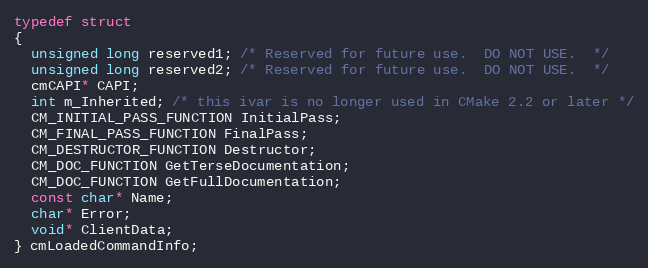
Language: C
typedef struct
{
  unsigned long reserved1; /* Reserved for future use.  DO NOT USE.  */
  unsigned long reserved2; /* Reserved for future use.  DO NOT USE.  */
  cmCAPI* CAPI;
  int m_Inherited; /* this ivar is no longer used in CMake 2.2 or later */
  CM_INITIAL_PASS_FUNCTION InitialPass;
  CM_FINAL_PASS_FUNCTION FinalPass;
  CM_DESTRUCTOR_FUNCTION Destructor;
  CM_DOC_FUNCTION GetTerseDocumentation;
  CM_DOC_FUNCTION GetFullDocumentation;
  const char* Name;
  char* Error;
  void* ClientData;
} cmLoadedCommandInfo;